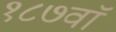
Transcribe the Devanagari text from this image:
१८७वॉ